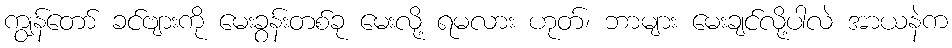
ကျွန်တော် ခင်ဗျားကို မေးခွန်းတစ်ခု မေးလို့ ရမလား ဟုတ်၊ ဘာများ မေးချင်လို့ပါလဲ အာယနဲက